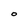
Character: O